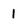
Character: 1